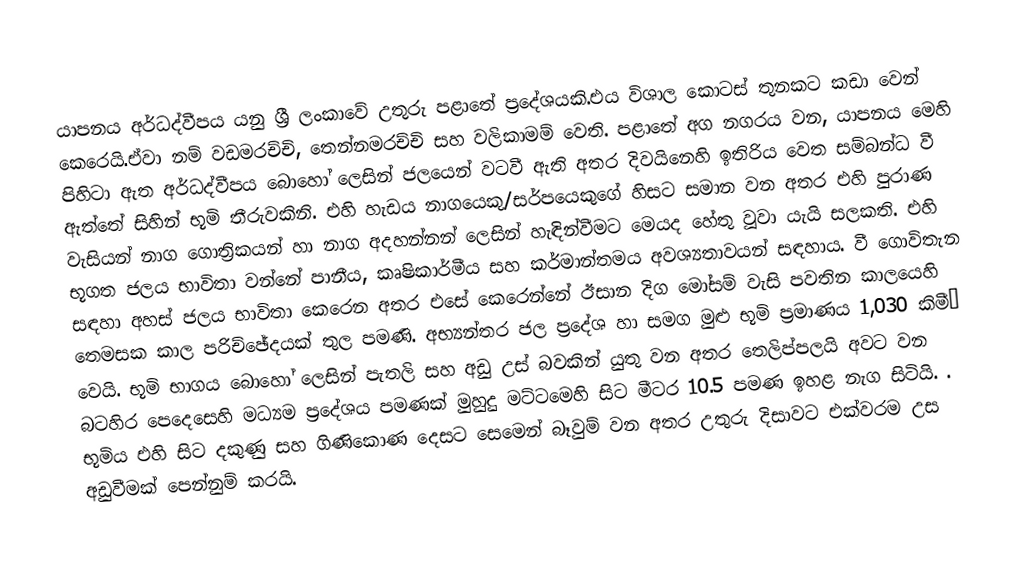
යාපනය අර්ධද්වීපය යනු ශ්‍රී ලංකාවේ උතුරු පළාතේ ප්‍රදේශයකි.එය විශාල කොටස් තුනකට කඩා වෙන් කෙරෙයි.ඒවා නම් වඩමරච්චි, තෙන්නමරච්චි සහ වලිකාමම් වෙති. පළාතේ අග නගරය වන, යාපනය මෙහි පිහිටා ඇත අර්ධද්වීපය බොහෝ ලෙසින් ජලයෙන් වටවී ඇති අතර දිවයිනෙහි ඉතිරිය වෙත සම්බන්ධ වී ඇත්තේ සිහින් භූමි තීරුවකිනි. එහි හැඩය නාගයෙකු/සර්පයෙකුගේ හිසට සමාන වන අතර එහි පුරාණ වැසියන් නාග ගොත්‍රිකයන් හා නාග අදහන්නන් ලෙසින් හැඳින්වීමට මෙයද හේතු වූවා යැයි සලකති. එහි භූගත ජලය භාවිතා වන්නේ පානීය, කෘෂිකාර්මීය සහ කර්මාන්තමය අවශ්‍යතාවයන් සඳහාය. වී ගොවිතැන සඳහා අහස් ජලය භාවිතා කෙරෙන අතර එසේ කෙරෙන්නේ ඊසාන දිග මෝසම් වැසි පවතින කාලයෙහි තෙමසක කාල පරිච්ඡේදයක් තුල පමණි. අභ්‍යන්තර ජල ප්‍රදේශ හා සමග මුළු භූමි ප්‍රමාණය 1,030 කිමී² වෙයි. භූමි භාගය බොහෝ ලෙසින් පැතලි සහ අඩු උස් බවකින් යුතු වන අතර තෙලිප්පලයි අවට වන බටහිර පෙදෙසෙහි මධ්‍යම ප්‍රදේශය පමණක් මුහුදු මට්ටමෙහි සිට මීටර 10.5 පමණ ඉහළ නැග සිටියි. . භූමිය එහි සිට දකුණු සහ ගිණිකොණ දෙසට සෙමෙන් බෑවුම් වන අතර උතුරු දිසාවට එක්වරම උස අඩුවීමක් පෙන්නුම් කරයි.